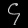
Digit: ၄